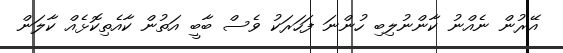
އޭރުން ނެއްނު ކާންނުލިބި ހުންނަ ފަހަރަކު ވެސް ބާބީ އަތުން ކާއެތިކޮޅެއް ކާލަން